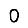
Digit: 0